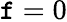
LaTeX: \mathtt{f}=0